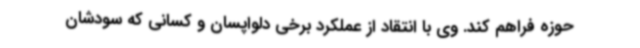
حوزه فراهم کند. وی با انتقاد از عملکرد برخی دلواپسان و کسانی که سودشان